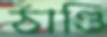
ঠাণ্ডি